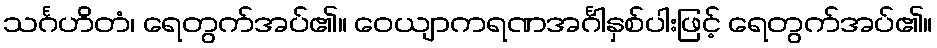
သင်္ဂဟိတံ၊ ရေတွက်အပ်၏။ ဝေယျာကရဏအင်္ဂါနှစ်ပါးဖြင့် ရေတွက်အပ်၏။